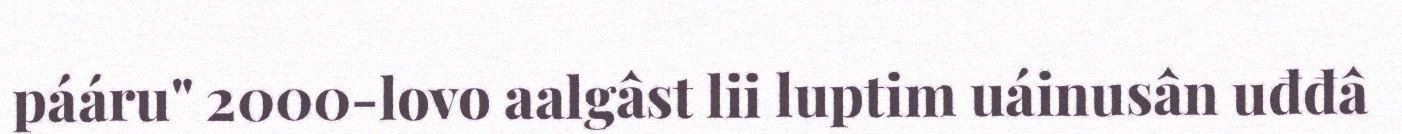
pááru" 2000-lovo aalgâst lii luptim uáinusân uđđâ